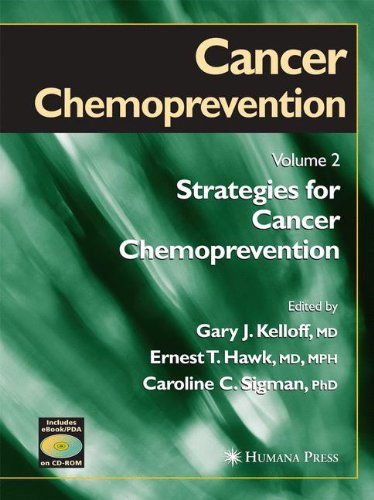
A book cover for Cancer Chemoprevention: Volume 2: Strategies for Cancer Chemoprevention (Cancer Drug Discovery and Development); Medical Books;